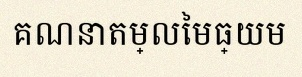
គណនាតម្លៃមធ្យម